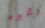
وتخبره